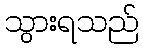
သွားရသည်